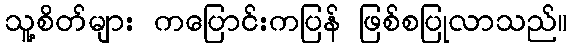
သူ့စိတ်များ ကပြောင်းကပြန် ဖြစ်စပြုလာသည်။